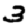
Digit: 3